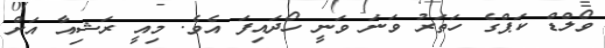
ވޯލްޑް ކަޕްގެ ހަތަރު ވަނަ ވަނީ ހޯދައިފަ އެވެ. މިއީ ރަޝިއާ އަށް